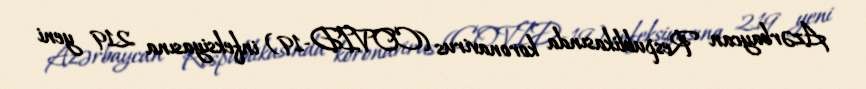
Azərbaycan Respublikasında koronavirus (COVID-19) infeksiyasına 219 yeni